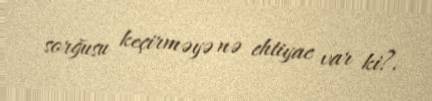
sorğusu keçirməyə nə ehtiyac var ki?.